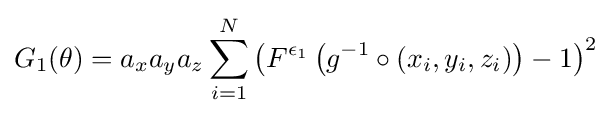
G_{1}(\theta )=a_{x}a_{y}a_{z}\sum _{i=1}^{N}\left(F^{\epsilon _{1}}\left(g^{-1}\circ (x_{i},y_{i},z_{i})\right)-1\right)^{2}